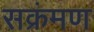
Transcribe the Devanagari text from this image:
सक्रंमण